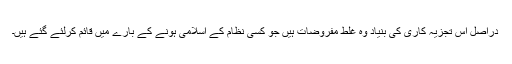
دراصل اس تجزیہ کاری کی بنیاد وہ غلط مفروضات ہیں جو کسی نظام کے اسلامی ہونے کے بارے میں قائم کرلئے گئے ہیں۔